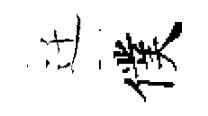
迁僕